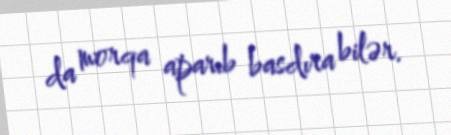
da morqa aparıb basdıra bilər.